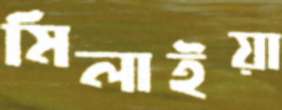
মিলাইয়া